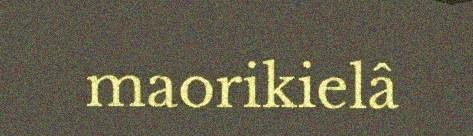
maorikielâ